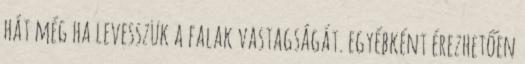
hát még ha levesszük a falak vastagságát. egyébként érezhetően